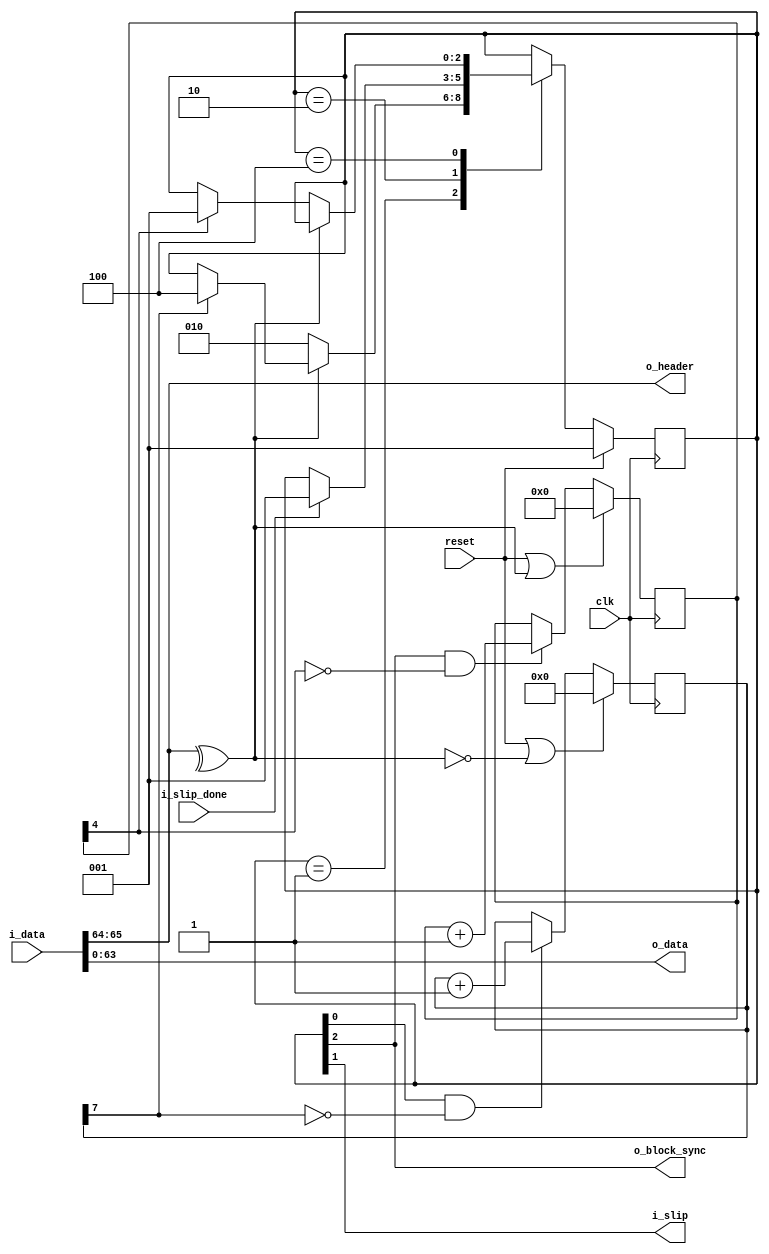
//
// The ADI JESD204 Core is released under the following license, which is
// different than all other HDL cores in this repository.
//
// Please read this, and understand the freedoms and responsibilities you have
// by using this source code/core.
//
// The JESD204 HDL, is copyright  2016-2017 Analog Devices Inc.
//
// This core is free software, you can use run, copy, study, change, ask
// questions about and improve this core. Distribution of source, or resulting
// binaries (including those inside an FPGA or ASIC) require you to release the
// source of the entire project (excluding the system libraries provide by the
// tools/compiler/FPGA vendor). These are the terms of the GNU General Public
// License version 2 as published by the Free Software Foundation.
//
// This core  is distributed in the hope that it will be useful, but WITHOUT ANY
// WARRANTY; without even the implied warranty of MERCHANTABILITY or FITNESS FOR
// A PARTICULAR PURPOSE. See the GNU General Public License for more details.
//
// You should have received a copy of the GNU General Public License version 2
// along with this source code, and binary.  If not, see
// <http://www.gnu.org/licenses/>.
//
// Commercial licenses (with commercial support) of this JESD204 core are also
// available under terms different than the General Public License. (e.g. they
// do not require you to accompany any image (FPGA or ASIC) using the JESD204
// core with any corresponding source code.) For these alternate terms you must
// purchase a license from Analog Devices Technology Licensing Office. Users
// interested in such a license should contact jesd204-licensing@analog.com for
// more information. This commercial license is sub-licensable (if you purchase
// chips from Analog Devices, incorporate them into your PCB level product, and
// purchase a JESD204 license, end users of your product will also have a
// license to use this core in a commercial setting without releasing their
// source code).
//
// In addition, we kindly ask you to acknowledge ADI in any program, application
// or publication in which you use this JESD204 HDL core. (You are not required
// to do so; it is up to your common sense to decide whether you want to comply
// with this request or not.) For general publications, we suggest referencing :
// The design and implementation of the JESD204 HDL Core used in this project
// is copyright  2016-2017, Analog Devices, Inc.
//

`timescale 1ns/100ps

module sync_header_align (
  input clk,
  input reset,

  input [65:0] i_data,
  output i_slip,
  input i_slip_done,

  output [63:0] o_data,
  output [1:0] o_header,
  output o_block_sync
);

  assign {o_header,o_data} = i_data;

  // TODO : Add alignment FSM
  localparam STATE_SH_HUNT = 3'b001;
  localparam STATE_SH_SLIP = 3'b010;
  localparam STATE_SH_LOCK = 3'b100;

  localparam BIT_SH_HUNT = 0;
  localparam BIT_SH_SLIP = 1;
  localparam BIT_SH_LOCK = 2;

  localparam RX_THRESH_SH_ERR = 16;
  localparam LOG2_RX_THRESH_SH_ERR = $clog2(RX_THRESH_SH_ERR);

  reg [2:0] state = STATE_SH_HUNT;
  reg [2:0] next_state;

  reg [7:0] header_vcnt = 8'h0;
  reg [LOG2_RX_THRESH_SH_ERR:0] header_icnt = 'h0;

  wire valid_header;
  assign valid_header = ^o_header;

  always @(posedge clk) begin
    if (reset | ~valid_header) begin
      header_vcnt <= 'b0;
    end else if (state[BIT_SH_HUNT] & ~header_vcnt[7]) begin
      header_vcnt <= header_vcnt + 'b1;
    end
  end

  always @(posedge clk) begin
    if (reset | valid_header) begin
      header_icnt <= 'b0;
    end else if (state[BIT_SH_LOCK] & ~header_icnt[LOG2_RX_THRESH_SH_ERR]) begin
      header_icnt <= header_icnt + 'b1;
    end
  end

  always @(*) begin
    next_state = state;
    case (state)
      STATE_SH_HUNT:
        if (valid_header) begin
          if (header_vcnt[7]) begin
            next_state = STATE_SH_LOCK;
          end
        end else begin
          next_state = STATE_SH_SLIP;
        end
      STATE_SH_SLIP:
        if (i_slip_done) begin
          next_state = STATE_SH_HUNT;
        end
      STATE_SH_LOCK:
        if (~valid_header) begin
          if (header_icnt[LOG2_RX_THRESH_SH_ERR]) begin
            next_state = STATE_SH_HUNT;
          end
        end
    endcase
  end

  always @(posedge clk) begin
    if (reset == 1'b1) begin
      state <= STATE_SH_HUNT;
    end else begin
      state <= next_state;
    end
  end

  assign o_block_sync = state[BIT_SH_LOCK];
  assign i_slip = state[BIT_SH_SLIP];

endmodule